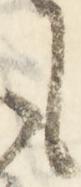
も